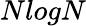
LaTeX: NlogN